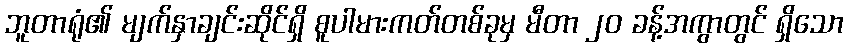
ဘူတာရုံ၏ မျက်နှာချင်းဆိုင်ရှိ စူပါမားကတ်တစ်ခုမှ မီတာ ၂၀ ခန့်အကွာတွင် ရှိသော